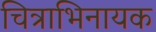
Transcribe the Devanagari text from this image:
चित्राभिनायक